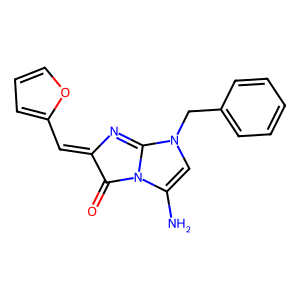
SMILES: NC1=CN(Cc2ccccc2)C2=NC(=Cc3ccco3)C(=O)N12
Inhibits HIV replication: No